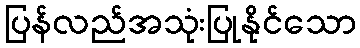
ပြန်လည်အသုံးပြုနိုင်သော